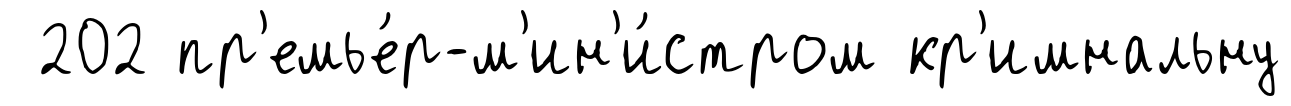
202 пр'емье́р-м'ин'и́стром кр'имнальну